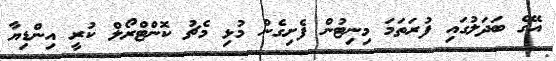
އޭގެ ބަދަލުގައި ފުރަތަމަ މިނިޓުން ފެށިގެން މުޅި މެޗު ކޮންޓްރޯލް ކުރީ އިންޑިޔާ